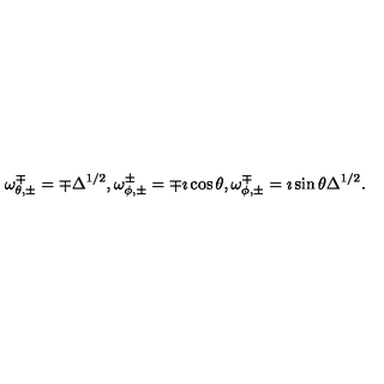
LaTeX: \omega _ { \theta , \pm } ^ { \mp } = \mp \Delta ^ { 1 / 2 } , \omega _ { \phi , \pm } ^ { \pm } = \mp \imath \cos { \theta } , \omega _ { \phi , \pm } ^ { \mp } = \imath \sin { \theta } \Delta ^ { 1 / 2 } .